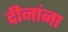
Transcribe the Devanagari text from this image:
दीनांना